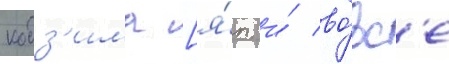
кодз'има [я́п. и́ во́вс'е